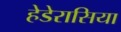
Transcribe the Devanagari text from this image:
हेडेरासिया